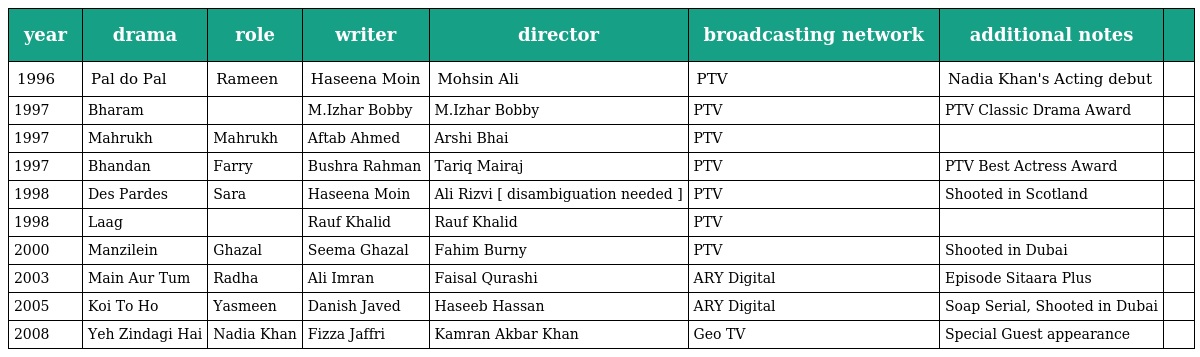
| year | drama | role | writer | director | broadcasting network | additional notes |  |
 | --- | --- | --- | --- | --- | --- | --- | --- |
 | 1996 | Pal do Pal | Rameen | Haseena Moin | Mohsin Ali | PTV | Nadia Khan's Acting debut |  |
 | 1997 | Bharam |  | M.Izhar Bobby | M.Izhar Bobby | PTV | PTV Classic Drama Award |  |
 | 1997 | Mahrukh | Mahrukh | Aftab Ahmed | Arshi Bhai | PTV |  |  |
 | 1997 | Bhandan | Farry | Bushra Rahman | Tariq Mairaj | PTV | PTV Best Actress Award |  |
 | 1998 | Des Pardes | Sara | Haseena Moin | Ali Rizvi [ disambiguation needed ] | PTV | Shooted in Scotland |  |
 | 1998 | Laag |  | Rauf Khalid | Rauf Khalid | PTV |  |  |
 | 2000 | Manzilein | Ghazal | Seema Ghazal | Fahim Burny | PTV | Shooted in Dubai |  |
 | 2003 | Main Aur Tum | Radha | Ali Imran | Faisal Qurashi | ARY Digital | Episode Sitaara Plus |  |
 | 2005 | Koi To Ho | Yasmeen | Danish Javed | Haseeb Hassan | ARY Digital | Soap Serial, Shooted in Dubai |  |
 | 2008 | Yeh Zindagi Hai | Nadia Khan | Fizza Jaffri | Kamran Akbar Khan | Geo TV | Special Guest appearance |  |